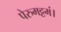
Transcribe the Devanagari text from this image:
पेरुमट्टमं।